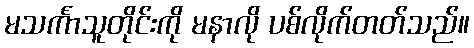
မသင်္ကာသူတိုင်းကို မနာလို ပစ်လိုက်တတ်သည်။